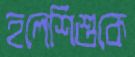
হলেশিশুকে